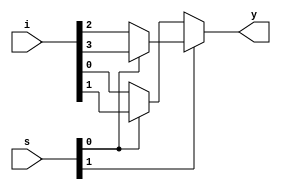
`timescale 1ns / 1ps
//////////////////////////////////////////////////////////////////////////////////
// Company: 
// Engineer: 
// 
// Design Name: 
// Module Name:    mux_4_1 
// Project Name: 
// Target Devices: 
// Tool versions: 
// Description: 
//
// Dependencies: 
//
// Revision: 
// Revision 0.01 - File Created
// Additional Comments: 
//
//////////////////////////////////////////////////////////////////////////////////
module mux_4_1(i,s,y);
    input [3:0] i;
    input [1:0] s;
    output y;
    reg y;
	 always @(*)
	 begin
	 if(s[1])
		begin
			if(s[0])
				y=i[3];
			else
				y=i[2];
		end
	 else
		begin
			if(s[0])
				y=i[1];
			else
				y=i[0];
		end
	end

endmodule